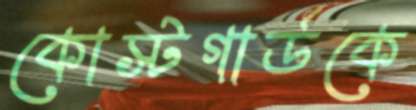
কোস্টগার্ডকে